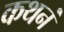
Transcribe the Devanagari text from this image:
कथनं